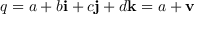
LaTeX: q = a + b \mathbf { i } + c \mathbf { j } + d \mathbf { k } = a + \mathbf { v }